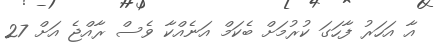
އާ އަހަރު ފާހަގަ ކުރުމަށް ބެކަމް އަނެއްކާ ވެސް ރާއްޖެ އަށް 27